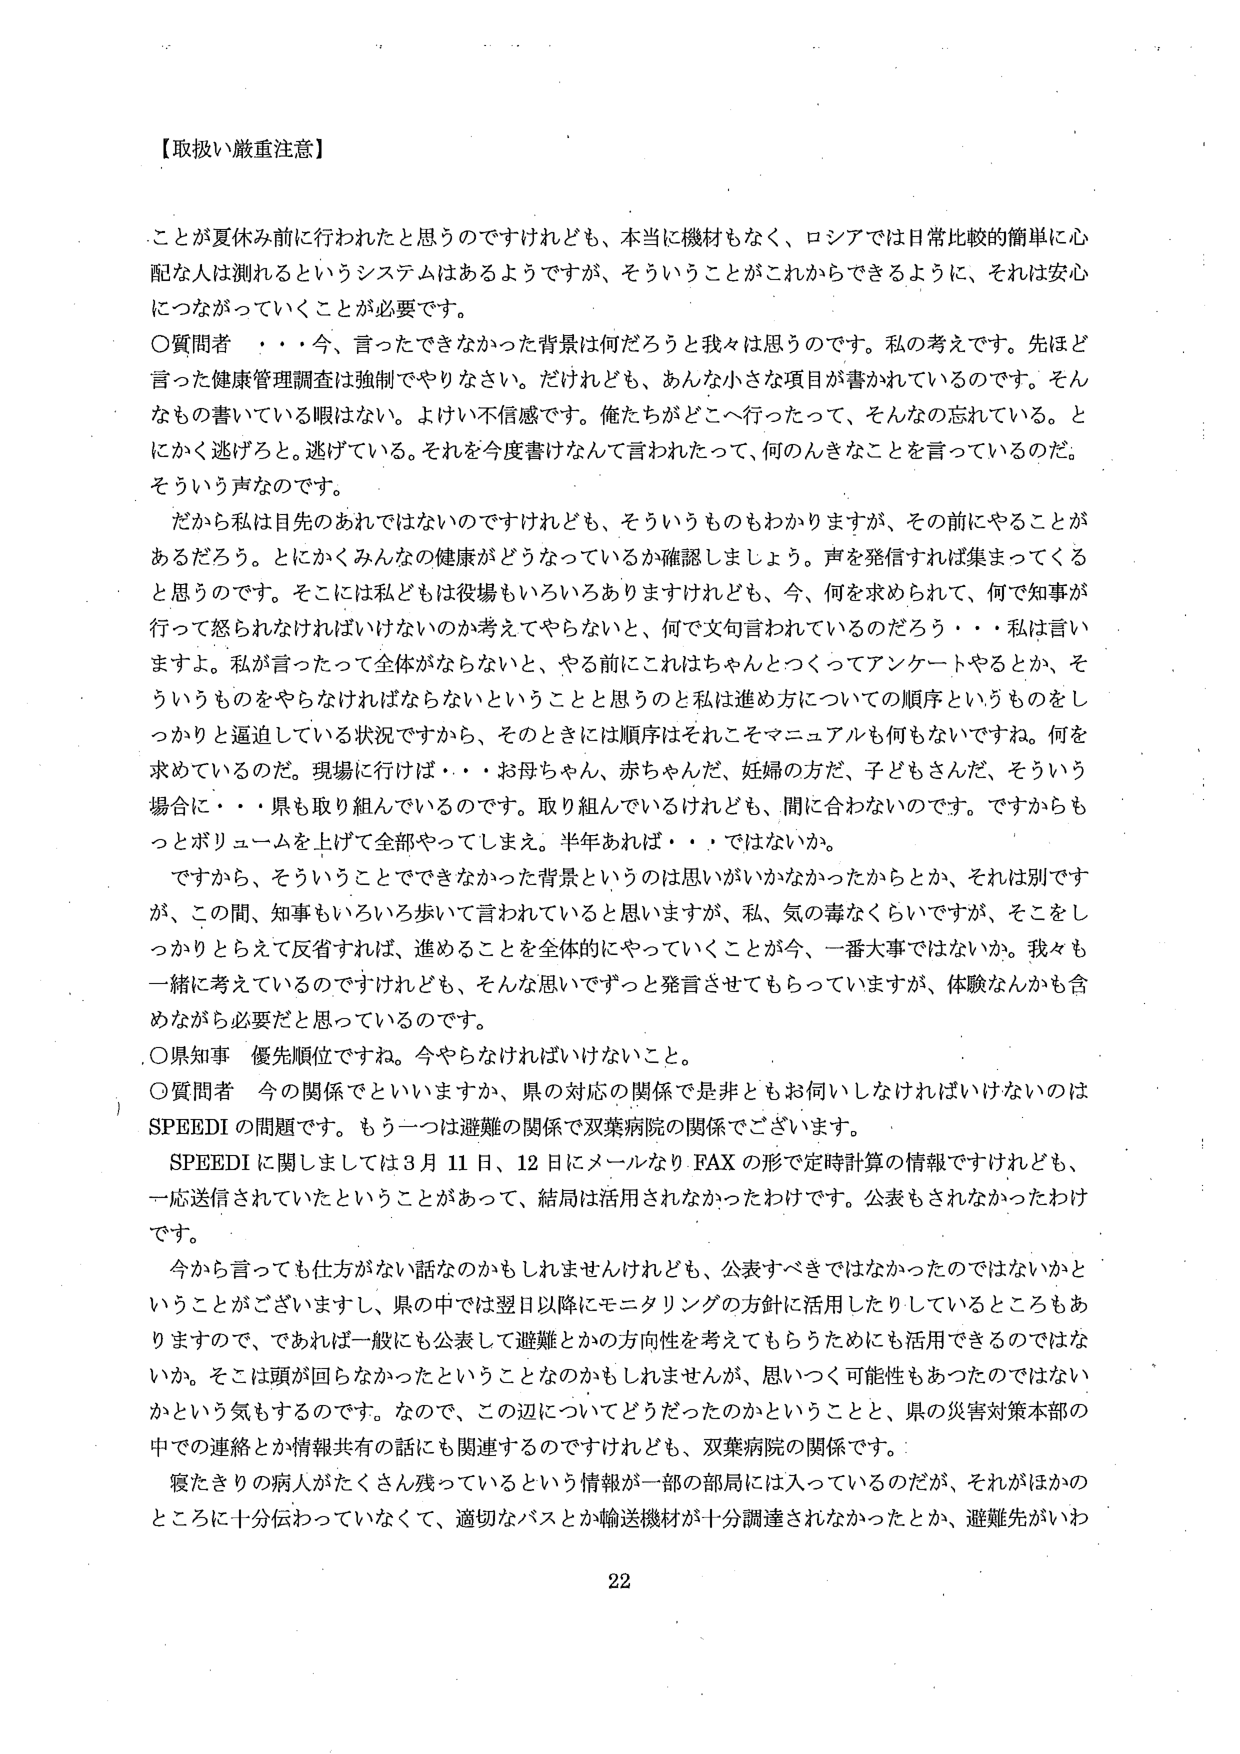
【取扱い厳重注意】

ことが夏休み前に行われたと思うのですけれども、本当に機材もなく、ロシアでは日常比較的簡単に心配な人は測れるというシステムはあるようですが、そういうことがこれからできるように、それは安心につながっていくことが必要です。

〇質問者　・・・今、言ったできなかった背景は何だろうと我々は思うのです。私の考えです。先ほど言った健康管理調査は強制でやりなさい。だけれども、あんな小さな項目が書かれているのです。そんなもの書いている暇はない。よけい不信感です。俺たちがどこへ行ったって、そんなの忘れている。とにかく逃げろと。逃げている。それを今度書けなんて言われたって、何のんきなことを言っているのだ。そういう声なのです。

だから私は目先のあれではないのですけれども、そういうものもわかりますが、その前にやることがあるだろう。とにかくみんなの健康がどうなっているか確認しましょう。声を発信すれば集まってくると思うのです。そこには私どもは役場もいろいろありますけれども、今、何を求められて、何で知事が行って怒られなければいけないのか考えてやらないと、何で文句言われているのだろう・・・私は言いますよ。私が言ったって全体がならないと、やる前にこれはちゃんとつくってアンケートやるとか、そういうものをやらなければならないということと思うのと私は進め方についての順序というものをしっかりと逼迫している状況ですから、そのときには順序はそれこそマニュアルも何もなしですね。何を求めているのだ。現場に行けば・・・お母ちゃん、赤ちゃんだ、妊婦の方だ、子どもさんだ、そういう場合に・・・県も取り組んでいるのです。取り組んでいるけれども、間に合わないのです。ですからもっとボリュームを上げて全部やってしまえ。半年あれば・・・ではないか。

ですから、そういうことでできなかった背景というのは思いがいかなかったからとか、それは別ですが、この間、知事もいろいろ歩いて言われていると思いますが、私、気の毒なくらいですが、そこをしっかりとらえて反省すれば、進めることを全体的にやっていくことが今、一番大事ではないか。我々も一緒に考えているのですけれども、そんな思いでずっと発言させてもらっていますが、体験なんかも含めながら必要だと思っているのです。

〇県知事　優先順位ですね。今やらなければいけないこと。

〇質問者　今の関係でといいますか、県の対応の関係で是非ともお伺いしなければいけないのはSPEEDIの問題です。もう一つは避難の関係で双葉病院の関係でございます。

SPEEDIに関しましては3月11日、12日にメールなりFAXの形で定時計算の情報ですけれども、一応送信されていたということがあって、結局は活用されなかったわけです。公表もされなかったわけです。

今から言っても仕方がない話なのかもしれませんが、公表すべきではなかったのではないかということをございますし、県の中では翌日以降にモニタリングの方針に活用したりしているところもありますので、であれば一般にも公表して避難とかの方向性を考えてもらうためにも活用できるのではないか。そこは頭が回らなかったということなのかもしれませんが、思いつく可能性もあったのではないかという気もするのです。なので、この辺についてどうだったのかということと、県の災害対策本部の中での連絡とか情報共有の話にも関連するのですけれども、双葉病院の関係です。

寝たきりの病人がたくさん残っているという情報が一部の部局には入っているのだが、それがほかのところに十分伝わっていなくて、適切なバスとか輸送機材が十分調達されなかったとか、避難先がいわ

22